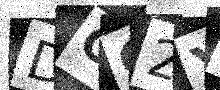
Text: DCC2YJ